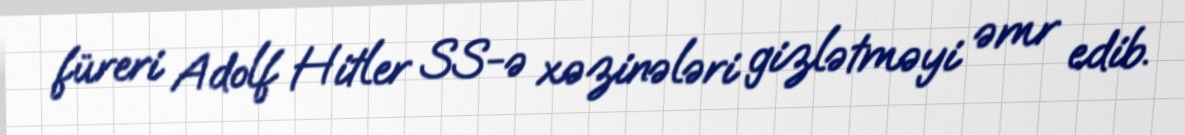
füreri Adolf Hitler SS-ə xəzinələri gizlətməyi əmr edib.